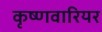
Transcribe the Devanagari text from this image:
कृष्णवारियर